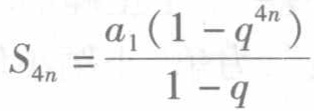
\[S_{4n} = \frac{a_{1}(1 - q^{4n})}{1 - q}\]